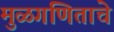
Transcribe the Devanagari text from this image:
मुळगणिताचे